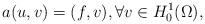
\begin{align*}a(u,v) = (f,v), \forall v \in H_0^1(\Omega),\end{align*}